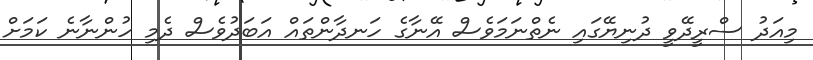
މިއަދު ސްރީދޭވީ ދުނިޔޭގައި ނެތްނަމަވެސް އޭނާގެ ހަނދާންތައް އަބަދުވެސް ދެމި ހުންނާނެ ކަމަށް